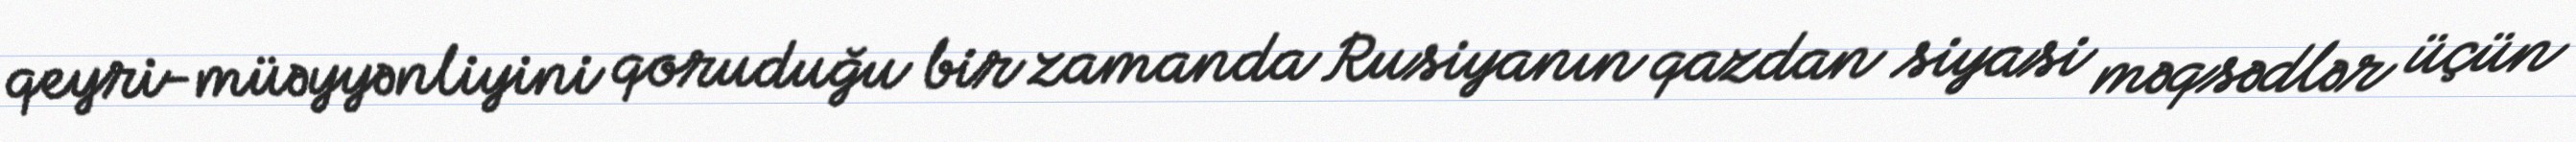
qeyri-müəyyənliyini qoruduğu bir zamanda Rusiyanın qazdan siyasi məqsədlər üçün